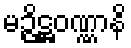
မဉ္ဇိဋ္ဌဝဏ္ဏာနိ